Problem: 7 × 2 = ?
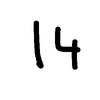
Handwritten answer: 14